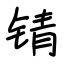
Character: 锖